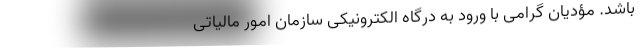
باشد. مؤدیان گرامی با ورود به درگاه الکترونیکی سازمان امور مالیاتی